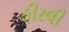
કીરલી